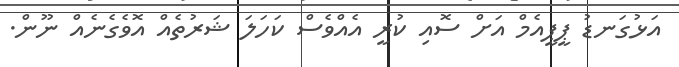
އަޅުގަނޑު ޕީޕީއެމް އަށް ސޮއި ކުރީ އެއްވެސް ކަހަލަ ޝަރުތެއް އޮވެގެނެއް ނޫން.